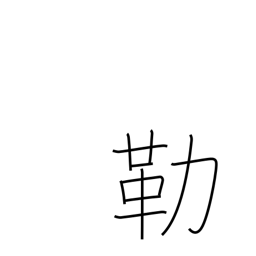
Meaning: halter and bit